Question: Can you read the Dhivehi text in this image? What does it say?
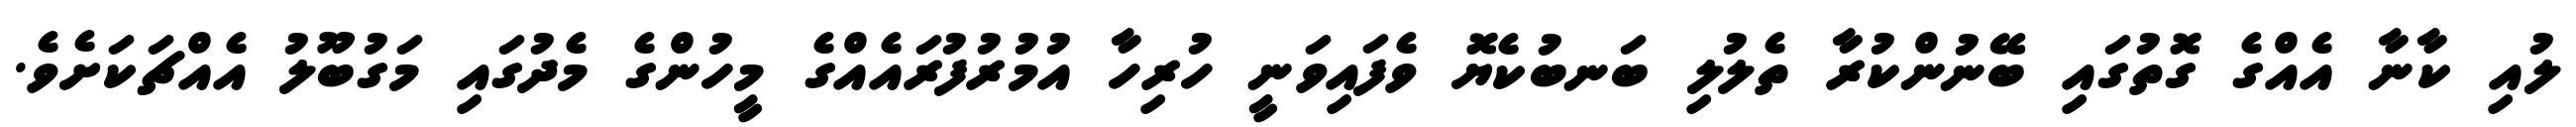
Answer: ލުއި ކާނާ އެއްގެ ގޮތުގައި ބޭނުންކުރާ ތެލުލި ބަނބުކެޔޮ ވެފައިވަނީ ހުރިހާ އުމުރުފުރައެއްގެ މީހުންގެ މެދުގައި މަގުބޫލު އެއްޗަކަށެވެ.